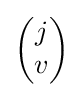
{\begin{pmatrix}j\\v\end{pmatrix}}